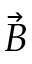
\vec { B }